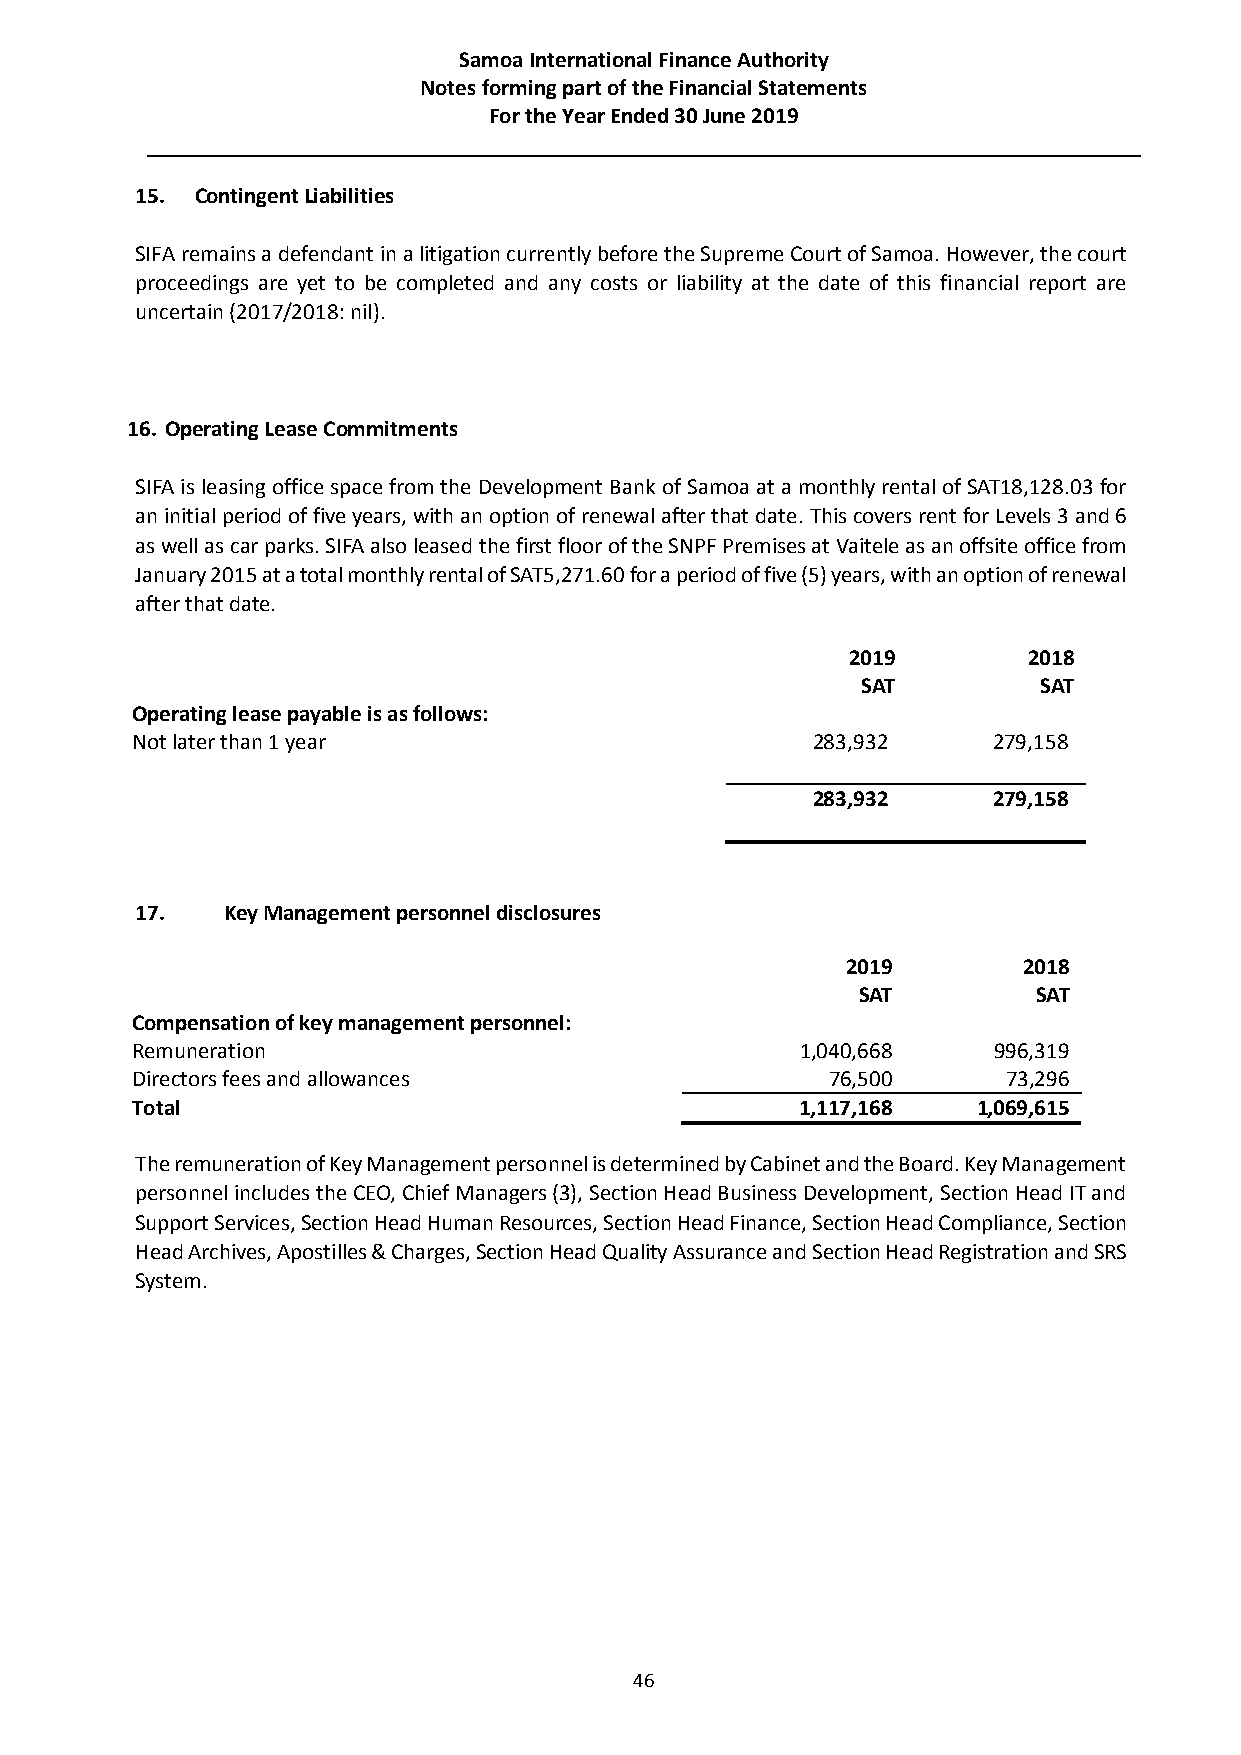
Samoa International Finance Authority
 Notes forming part of the Financial Statements
 For the Year Ended 30 June 2019
 15. Contingent Liabilities
 SIFA remains a defendant in a litigation currently before the Supreme Court of Samoa. However, the court
 proceedings are yet to be completed and any costs or liability at the date of this financial report are
 uncertain (2017/2018: nil).
 16. Operating Lease Commitments
 SIFA is leasing office space from the Development Bank of Samoa at a monthly rental of SAT18,128.03 for
 an initial period of five years, with an option of renewal after that date. This covers rent for Levels 3 and 6
 as well as car parks. SIFA also leased the first floor of the SNPF Premises at Vaitele as an offsite office from
 January 2015 at a total monthly rental of SAT5,271.60 for a period of five (5) years, with an option of renewal
 after that date.
 2019        2018
 SAT         SAT
 Operating lease payable is as follows:
 Not later than 1 year                        283,932     279,158
 283,932     279,158
 17.   Key Management personnel disclosures
 2019        2018
 SAT         SAT
 Compensation of key management personnel:
 Remuneration                                1,040,668    996,319
 Directors fees and allowances                 76,500      73,296
 Total                                       1,117,168   1,069,615
 The remuneration of Key Management personnel is determined by Cabinet and the Board. Key Management
 personnel includes the CEO, Chief Managers (3), Section Head Business Development, Section Head IT and
 Support Services, Section Head Human Resources, Section Head Finance, Section Head Compliance, Section
 Head Archives, Apostilles & Charges, Section Head Quality Assurance and Section Head Registration and SRS
 System.
 46